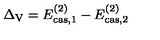
\Delta _ { \mathrm { V } } = E _ { \mathrm { c a s , } 1 } ^ { ( 2 ) } - E _ { \mathrm { c a s , } 2 } ^ { ( 2 ) }